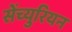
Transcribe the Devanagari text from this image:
सेंच्युरियन